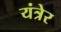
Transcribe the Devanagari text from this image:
यंत्रेर